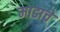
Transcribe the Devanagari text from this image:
माडाचे